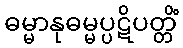
ဓမ္မာနုဓမ္မပ္ပဋိပတ္တိံ